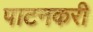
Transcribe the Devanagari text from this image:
पाटनकरी